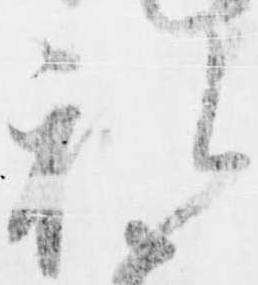
礼